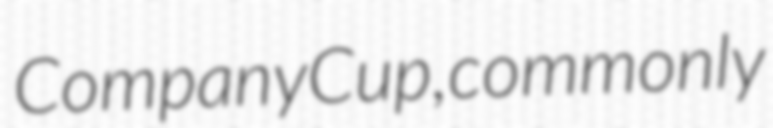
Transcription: Company Cup, commonly